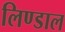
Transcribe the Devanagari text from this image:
लिण्डाल